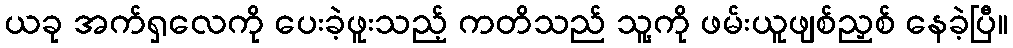
ယခု အက်ရှလေကို ပေးခဲ့ဖူးသည့် ကတိသည် သူ့ကို ဖမ်းယူဖျစ်ညှစ် နေခဲ့ပြီ။